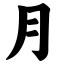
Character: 月